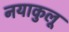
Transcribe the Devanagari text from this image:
नयाकुलू